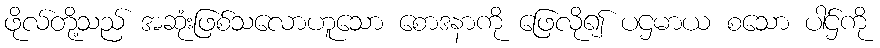
ဖိုလ်တို့သည် အဆုံးဖြစ်သလောဟူသော စောဒနာကို ဖြေလို၍ ပဌမာယ စသော ပါဌ်ကို